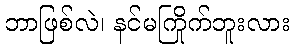
ဘာဖြစ်လဲ၊ နင်မကြိုက်ဘူးလား